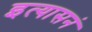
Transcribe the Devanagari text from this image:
इत्यासनं